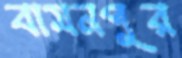
বামনপুর